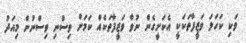
ވަކި ކަހަލަ ވަޒީފާތަކަކީ އެކަށީގެން ނުވާ ވަޒީފާތަކެއް ކަމަށް ވިސްނި ވިސްނުން މިއަދު